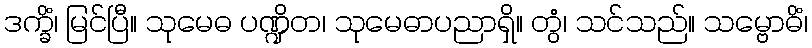
ဒက္ခိံ၊ မြင်ပြီ။ သုမေဓ ပဏ္ဍိတ၊ သုမေဓာပညာရှိ။ တွံ၊ သင်သည်။ သမ္ဗောဓိံ၊